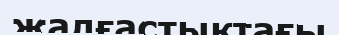
жалғастықтағы